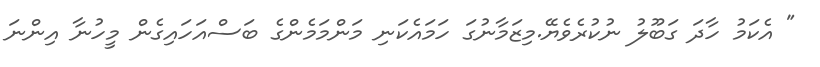
" އެކަމު ހާދަ ގަބޫލު ނުކުރެވެޔޭ.މިޒަމާނުގަ ހަމައެކަނި މަންމަމެންގެ ބަސްއަހައިގެން މީހުނާ އިންނަ